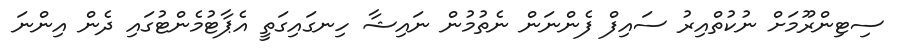
ސިޓިންރޫމަށް ނުކުތްއިރު ސައިފް ފެންނަން ނެތުމުން ނައިޝާ ހިނގައިގަތީ އެޕާޓުމެންޓުގައި ދެން އިންނަ